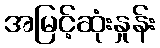
အမြင့်ဆုံးနှုန်း